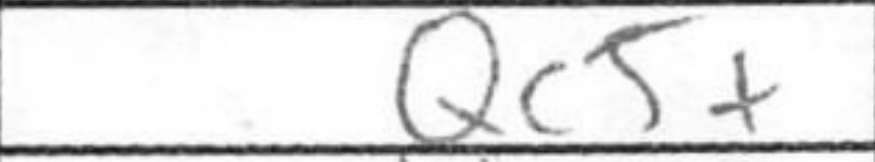
Transcription: Qc5+